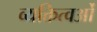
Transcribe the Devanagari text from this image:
व्यक्तित्वओं